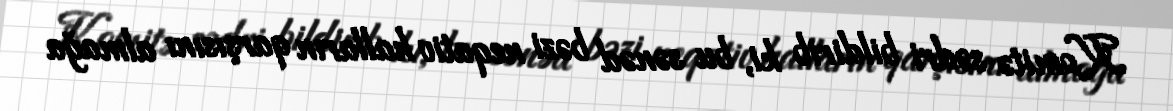
Komitə sədri bildirib ki, bu sənəd bəzi neqativ halların qarşısını almağa